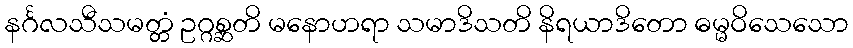
နင်္ဂလသီသမတ္တံ ဥဂ္ဂစ္ဆတိ မနောဟရာ သမာဒိသတိ နိရယာဒိတော ဓမ္မဝိသေသော